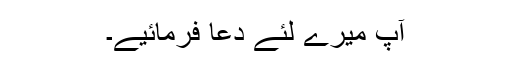
آپ میرے لئے دعا فرمائیے۔